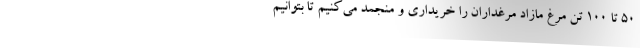
۵۰ تا ۱۰۰ تن مرغ مازاد مرغداران را خریداری و منجمد می‌کنیم تا بتوانیم